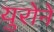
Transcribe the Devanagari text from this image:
युरोने